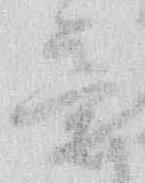
意